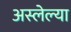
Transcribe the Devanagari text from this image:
अस्लेल्या